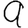
Digit: 9